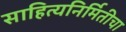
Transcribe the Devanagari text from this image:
साहित्यनिर्मितीचा